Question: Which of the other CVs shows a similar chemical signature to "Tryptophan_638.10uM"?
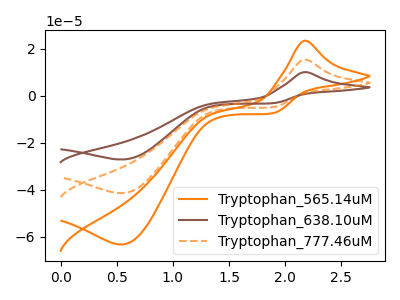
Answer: <think>The orange curve "Tryptophan_565.14uM" has an anodic peak at (2.15V, 23.45uA) and a cathodic peak at (0.55V, -63.40uA). The brown curve "Tryptophan_638.10uM" has an anodic peak at (2.15V, 30.70uA) and a cathodic peak at (0.55V, -83.00uA). The orange dashed curve "Tryptophan_777.46uM" has an anodic peak at (2.15V, 15.35uA) and a cathodic peak at (0.55V, -41.50uA).
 All the peaks in "Tryptophan_565.14uM" have a peak in "Tryptophan_638.10uM" at the same potential. Every peak in "Tryptophan_565.14uM" is lower than every peak in "Tryptophan_638.10uM". All the peaks in "Tryptophan_565.14uM" have a peak in "Tryptophan_777.46uM" at the same potential. Every peak in "Tryptophan_565.14uM" is higher than every peak in "Tryptophan_777.46uM". All the peaks in "Tryptophan_638.10uM" have a peak in "Tryptophan_777.46uM" at the same potential. Every peak in "Tryptophan_638.10uM" is higher than every peak in "Tryptophan_777.46uM".</think>
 <answer>"Tryptophan_638.10uM" and "Tryptophan_777.46uM" have a similar shape to "Tryptophan_565.14uM".</answer>
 <eval>"Tryptophan_638.10uM" "Tryptophan_777.46uM"</eval>